Civil Veterinary Department Bengal reports 1933-51 - 1933-1951
Year: 1933
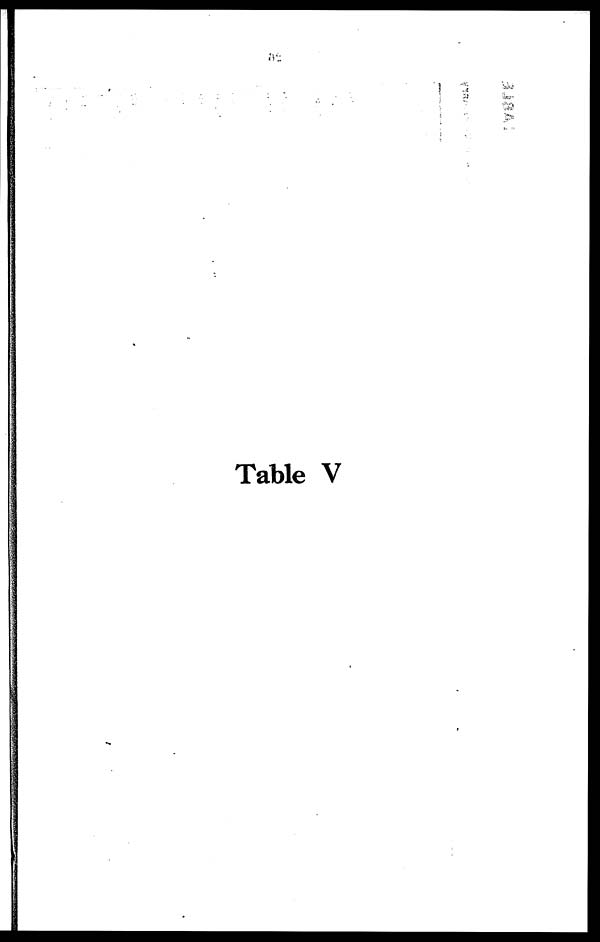
Table V